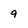
Character: 9